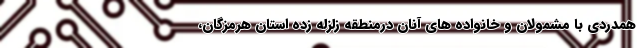
همدردی با مشمولان و خانواده های آنان درمنطقه زلزله زده استان هرمزگان،